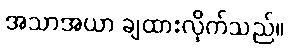
အသာအယာ ချထားလိုက်သည်။